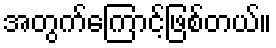
အတွက်ကြောင့်ဖြစ်တယ်။